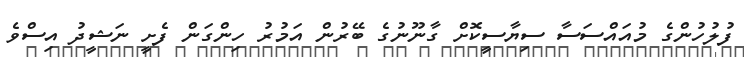
ފުލުހުންގެ މުއައްސަސާ ސިޔާސީކޮށް ގާނޫނުގެ ބޭރުން އަމުރު ހިންގަން ފެށީ ނަޝީދު އިސްވެ